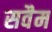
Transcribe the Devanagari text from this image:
सवैम